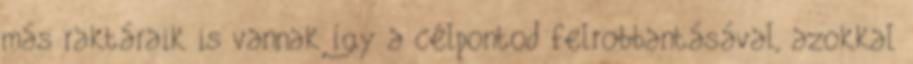
más raktáraik is vannak így a célpontod felrobbantásával, azokkal